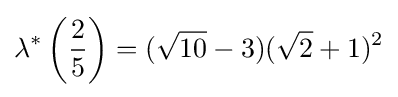
\lambda ^{*}\left({\frac {2}{5}}\right)=({\sqrt {10}}-3)({\sqrt {2}}+1)^{2}